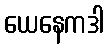
ယေနေကဒါ